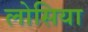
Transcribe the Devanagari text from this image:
लोसिया